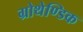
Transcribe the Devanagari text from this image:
ग्रोथेण्डिक